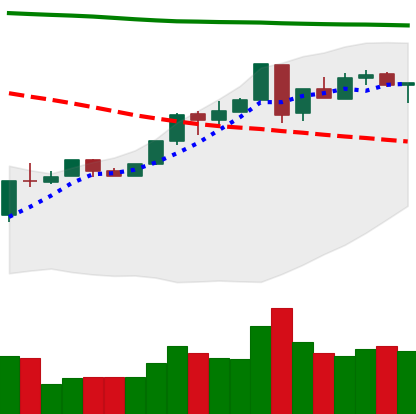
Ticker: ETH-USD
Chart end date: 2018-05-01
Forward return: 17.621%
Label: up_7plus